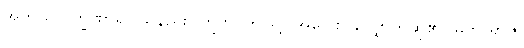
အဘယ်လက္ခဏာရှိပါသနည်း။ ဣတိ၊ ဤသို့။ အဝေါစ၊ လျှောက်ဆို၏။ မဟာရာဇ၊